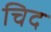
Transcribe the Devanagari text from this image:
चिद